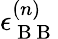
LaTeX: \epsilon_{\mathrm{~B~B~}}^{(n)}